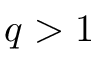
q > 1